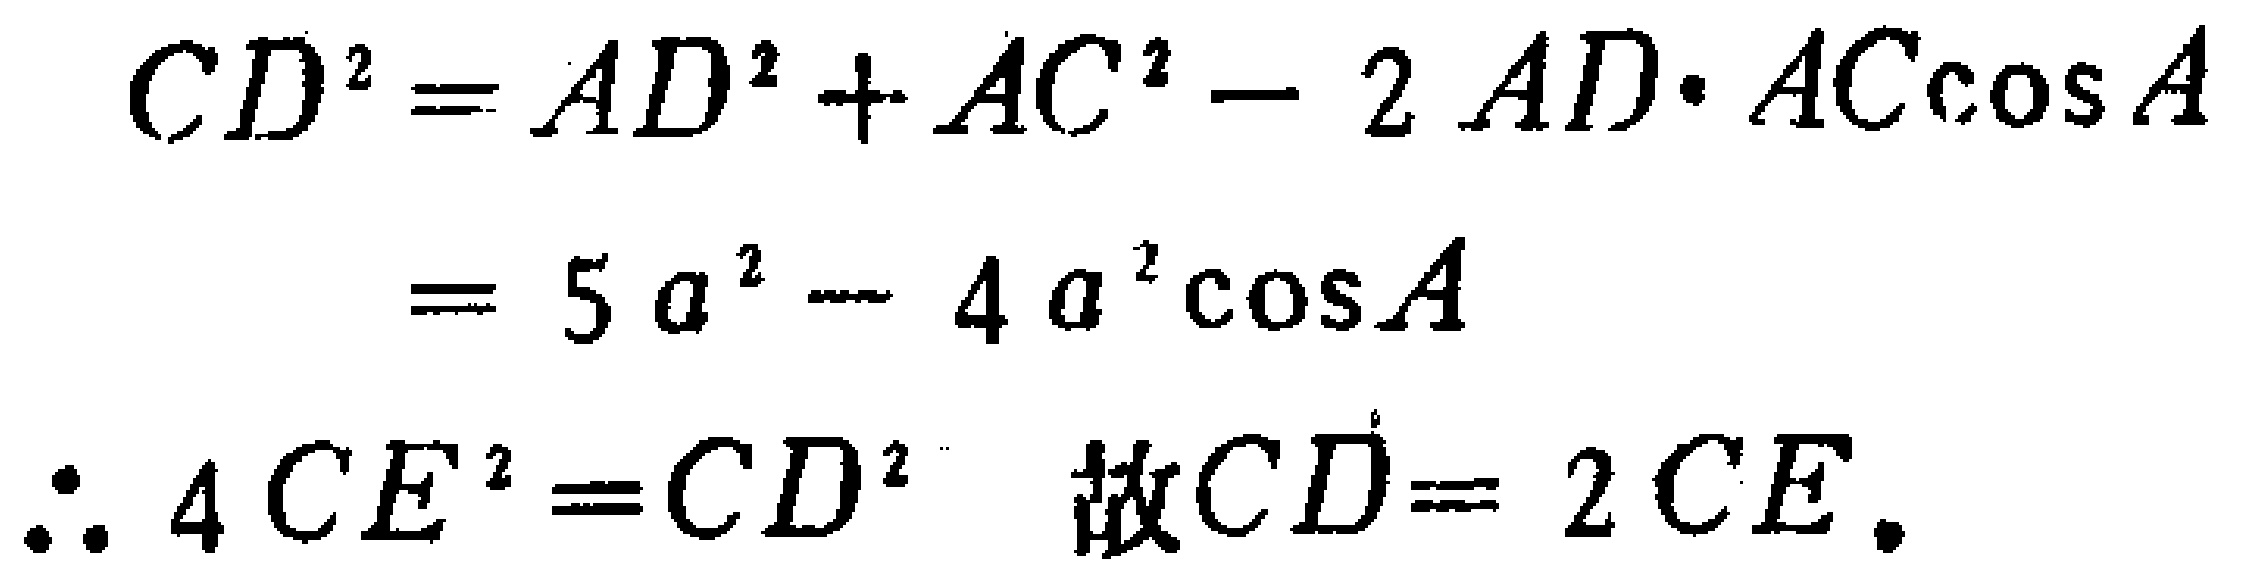
\[
\begin{align*}
CD^{2}&=AD^{2}+AC^{2}-2AD\cdot AC\cos A\\
&=5a^{2}-4a^{2}\cos A
\end{align*}
\]
\(\therefore 4CE^{2}=CD^{2}\) 故\(CD = 2CE\).